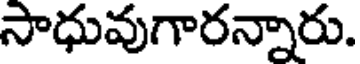
సాధువుగారన్నారు.